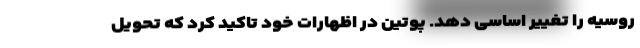
روسیه را تغییر اساسی دهد. پوتین در اظهارات خود تاکید کرد که تحویل